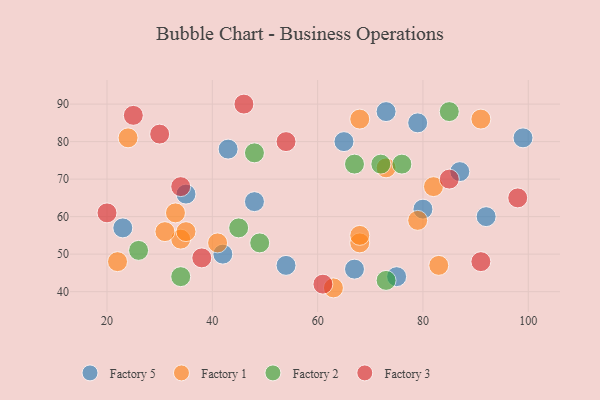
{"axis": {"x": "GDP", "y": "Life Expectancy"}, "legend": ["Factory 1", "Factory 2", "Factory 3", "Factory 5"], "data": [{"x": "67", "y": 46, "type": "Factory 5"}, {"x": "73", "y": 88, "type": "Factory 5"}, {"x": "75", "y": 44, "type": "Factory 5"}, {"x": "54", "y": 47, "type": "Factory 5"}, {"x": "43", "y": 78, "type": "Factory 5"}, {"x": "23", "y": 57, "type": "Factory 5"}, {"x": "79", "y": 85, "type": "Factory 5"}, {"x": "48", "y": 64, "type": "Factory 5"}, {"x": "42", "y": 50, "type": "Factory 5"}, {"x": "35", "y": 66, "type": "Factory 5"}, {"x": "92", "y": 60, "type": "Factory 5"}, {"x": "65", "y": 80, "type": "Factory 5"}, {"x": "87", "y": 72, "type": "Factory 5"}, {"x": "80", "y": 62, "type": "Factory 5"}, {"x": "99", "y": 81, "type": "Factory 5"}, {"x": "82", "y": 68, "type": "Factory 1"}, {"x": "33", "y": 61, "type": "Factory 1"}, {"x": "91", "y": 86, "type": "Factory 1"}, {"x": "79", "y": 59, "type": "Factory 1"}, {"x": "41", "y": 53, "type": "Factory 1"}, {"x": "34", "y": 54, "type": "Factory 1"}, {"x": "68", "y": 53, "type": "Factory 1"}, {"x": "68", "y": 86, "type": "Factory 1"}, {"x": "68", "y": 55, "type": "Factory 1"}, {"x": "22", "y": 48, "type": "Factory 1"}, {"x": "35", "y": 56, "type": "Factory 1"}, {"x": "73", "y": 73, "type": "Factory 1"}, {"x": "63", "y": 41, "type": "Factory 1"}, {"x": "83", "y": 47, "type": "Factory 1"}, {"x": "31", "y": 56, "type": "Factory 1"}, {"x": "24", "y": 81, "type": "Factory 1"}, {"x": "73", "y": 43, "type": "Factory 2"}, {"x": "67", "y": 74, "type": "Factory 2"}, {"x": "26", "y": 51, "type": "Factory 2"}, {"x": "45", "y": 57, "type": "Factory 2"}, {"x": "76", "y": 74, "type": "Factory 2"}, {"x": "49", "y": 53, "type": "Factory 2"}, {"x": "34", "y": 44, "type": "Factory 2"}, {"x": "72", "y": 74, "type": "Factory 2"}, {"x": "85", "y": 88, "type": "Factory 2"}, {"x": "48", "y": 77, "type": "Factory 2"}, {"x": "54", "y": 80, "type": "Factory 3"}, {"x": "91", "y": 48, "type": "Factory 3"}, {"x": "46", "y": 90, "type": "Factory 3"}, {"x": "34", "y": 68, "type": "Factory 3"}, {"x": "38", "y": 49, "type": "Factory 3"}, {"x": "98", "y": 65, "type": "Factory 3"}, {"x": "25", "y": 87, "type": "Factory 3"}, {"x": "30", "y": 82, "type": "Factory 3"}, {"x": "85", "y": 70, "type": "Factory 3"}, {"x": "61", "y": 42, "type": "Factory 3"}, {"x": "20", "y": 61, "type": "Factory 3"}]}